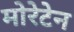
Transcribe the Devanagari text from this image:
मोरेटेन